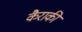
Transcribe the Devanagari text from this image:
कैराकी